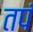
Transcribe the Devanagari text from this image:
तपं